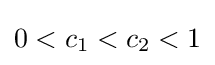
0<c_{1}<c_{2}<1